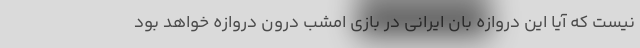
نیست که آیا این دروازه بان ایرانی در بازی امشب درون دروازه خواهد بود